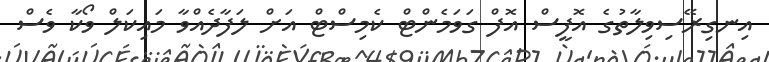
އިނގިރޭސިވިލާތުގެ އޮފީސް އޮފް ގަވަމެންޓް ކެމިސްޓް އަށް ލަފާދެއްވާ މައިކަލް ވޯކާ ވެސް